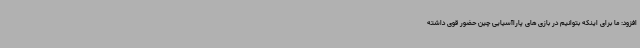
افزود: ما برای اینکه بتوانیم در بازی های پاراآسیایی چین حضور قوی داشته